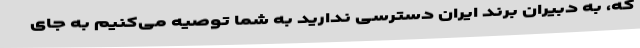
که، به دبیران برند ایران دسترسی ندارید به شما توصیه می‌کنیم به جای